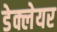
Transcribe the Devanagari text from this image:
डेक्लेयर